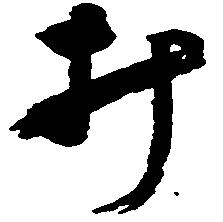
み